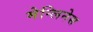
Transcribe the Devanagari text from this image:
मेन्लिनेस